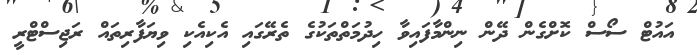
އައުޓް ސޯސް ކޮށްގެން ދޭން ނިންމާފައިވާ ހިދުމަތްތަކުގެ ތެރޭގައި އެކިއެކި ވިޔަފާރިތައް ރަޖިސްޓްރީ